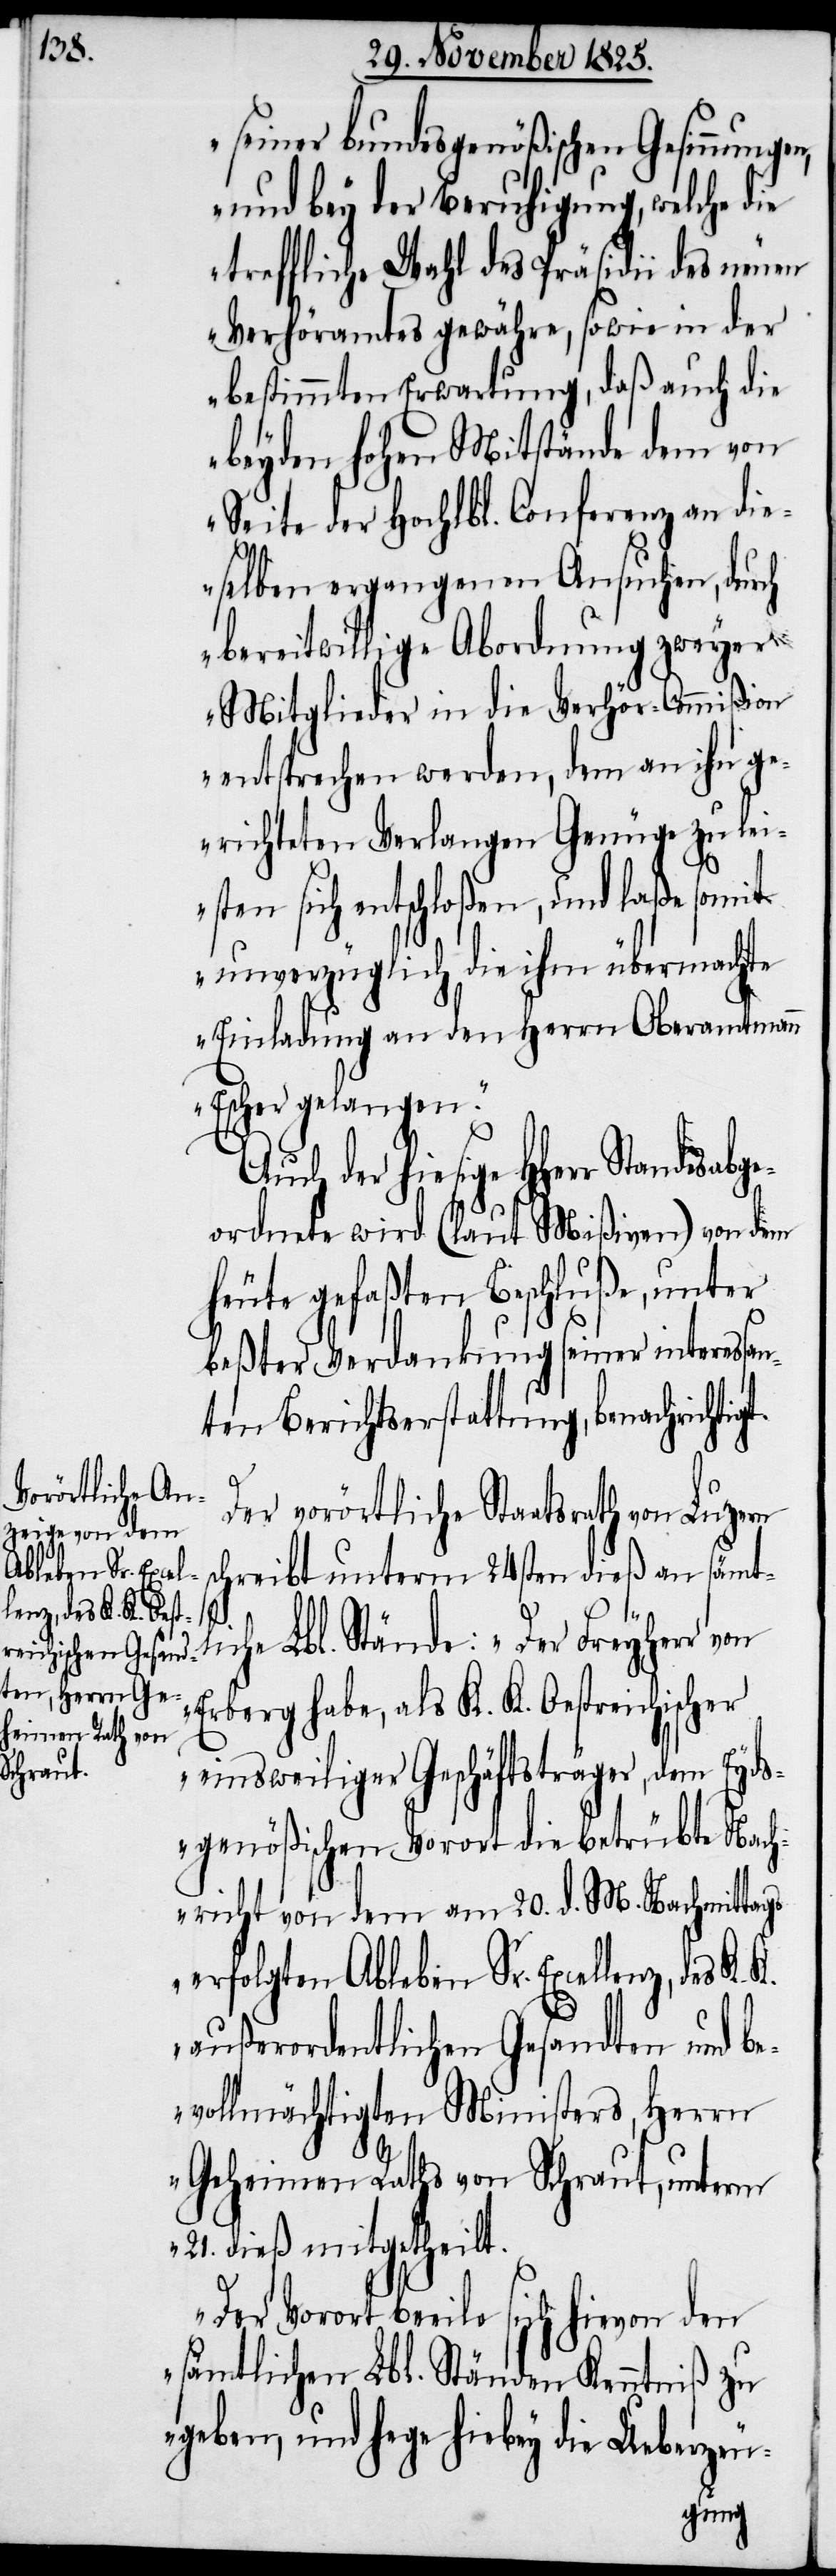
seiner bundesgenößischen Gesinnun¬
und bey der Beruhigung, welche die
treffliche Wahl des Präsidii des neuen
Verhöramtes gewähre, sowie in der
bestimmten Erwartung, daß auch die
beyden hohen Mitstände dem von
Seite der Hochlbl. Conferenz an die¬
selben ergangenen Ansuchen, durch
bereitwillige Abordnung zweyer
Mitglieder in die Verhör-Commißion
entsprechen werden, dem an ihn ge¬
richteten Verlangen Genüge zu lei¬
sten sich entschloßen, und laße somit
unverzüglich die ihm übermachte
Einladung an den Herrn Oberamtmann
Escher gelangen.“
der hiesige HHerr Standesabge¬
ordnete wird (laut Mißiven) von dem
heute gefaßten Beschluße, unter
beßter Verdankung seiner intereßan¬
ten Berichtserstattung, benachrichti¬
Der vorörtliche Staatsrath von Luzern
schreibt unterm 24sten dieß an sämtl¬
iche Lbl. Stände: „Der Freyherr von
Erberg habe, als K. K. Oestreichischer
einsweiliger Geschäftsträger, dem Eyds¬
genößischen Vorort die betrübte Nach¬
richt von dem am 20. d. M. Nachmittags
erfolgten Ableben Sr. Excellenz, des K.
außerordentlichen Gesandten und be¬
vollmächtigten Ministers, Herrn
geheimen Raths von Schraut, unterm
21. dieß mitgetheilt.
Der Vorort beeile sich hievon den
sämtlichen Lbl. Ständen Kenntniß zu
geben, und hege hiebey die Ueberzeu-
gt.